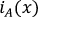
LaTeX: \ i _ { A } ( x )